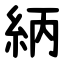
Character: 䋑